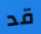
قد